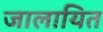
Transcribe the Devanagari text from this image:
जालायित